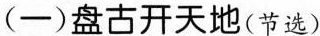
(一)盘古开天地(节选)